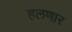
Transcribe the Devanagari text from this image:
हलणार